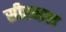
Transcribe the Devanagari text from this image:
सीरमान